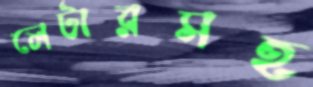
লেটারসহ